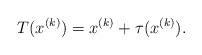
LaTeX: \begin{align*}T (x^{(k)}) = x^{(k)} + \tau (x^{(k)}).\end{align*}